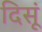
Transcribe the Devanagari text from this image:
दिसूं